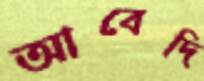
আবেদি